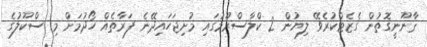
ޤާނޫނީގޮތުން ގެޒެޓްކުރެވޭ ލިޔުން 2 ކްލާސްރޫމުގައި މުށިޖަހައިދޭނެ ފަރާތެއް ހޯދުމަށް މި ސްކޫލުގެ